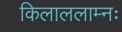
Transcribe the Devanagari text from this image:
किलाललाम्नः